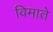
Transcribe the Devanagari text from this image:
विमाते